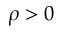
\rho > 0